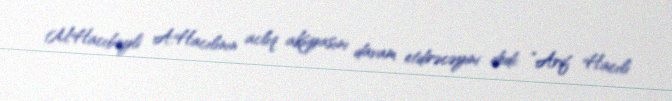
M.Hacıbəyli A.Hacılının aclıq aksiyasını davam etdirəcəyini dedi: “Arif Hacılı